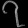
Digit: ၇